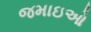
જમાઇઓ